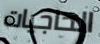
الحاجيات